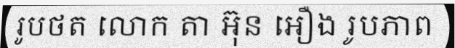
រូបថត លោក តា អ៊ុន អឿង រូបភាព